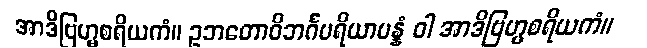
အာဒိဗြဟ္မစရိယကံ။ ဥဘတောဝိဘင်္ဂပရိယာပန္နံ ဝါ အာဒိဗြဟ္မစရိယကံ။